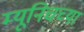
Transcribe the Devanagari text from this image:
म्यूनिचच्या